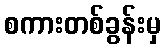
စကားတစ်ခွန်းမှ